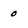
Character: 0